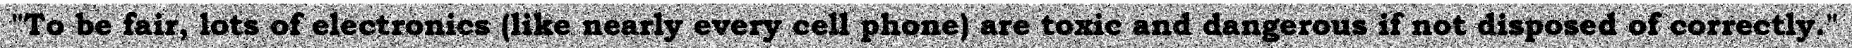
"To be fair, lots of electronics (like nearly every cell phone) are toxic and dangerous if not disposed of correctly."